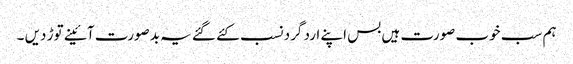
ہم سب خوب صورت ہیں بس اپنے ارد گرد نسب کئے گئے یہ بدصورت آئینے توڑ دیں ۔